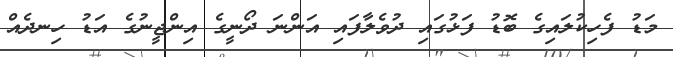
މަޑު ފެހިކުލައިގެ ބޮޑު ފަޅުގައި ދުވެލާފައި އަންނަ ދޯނީގެ އިންޖީނުގެ އަޑު ހިނދެއް